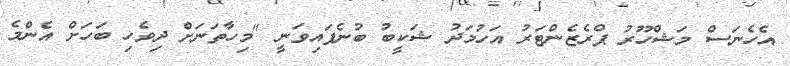
އެހެނަސް މަޝްހޫރު ޕްރެޒެންޓަރު އަހުމަދު ޝަކީބު ބުނެފައިވަނީ "މިހާތަނަށް ދިވެހި ބަހަށް އެންމެ